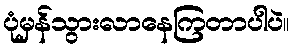
ပုံမှန်သွားလာနေကြတာပါပဲ။